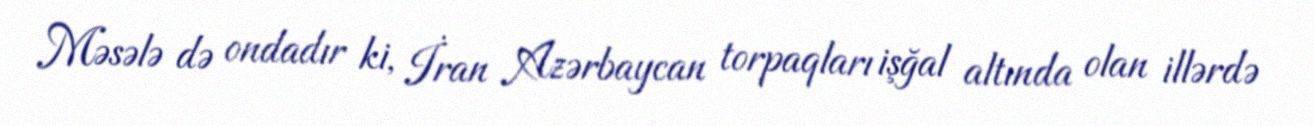
Məsələ də ondadır ki, İran Azərbaycan torpaqları işğal altında olan illərdə